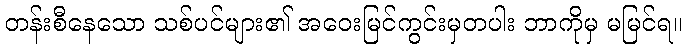
တန်းစီနေသော သစ်ပင်များ၏ အဝေးမြင်ကွင်းမှတပါး ဘာကိုမှ မမြင်ရ။